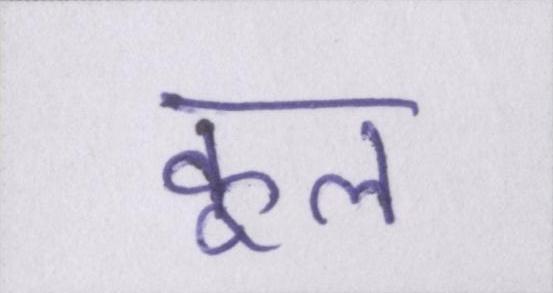
कूल